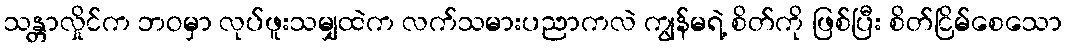
သန္တာလှိုင်က ဘဝမှာ လုပ်ဖူးသမျှထဲက လက်သမားပညာကလဲ ကျွန်မရဲ့ စိတ်ကို ဖြစ်ပြီး စိတ်ငြိမ်စေသော